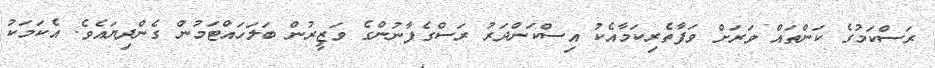
ރަސްކަމުގެ ކަންތައް ވަރަށް ވަފާތެރިކަމާއެކު އިސްކަންދަރު ރަސްގެފާނުންގެ ވަޒީރުން ބަލަހައްޓަމުން ގެންދިޔައެވެ. އެކަމަކު